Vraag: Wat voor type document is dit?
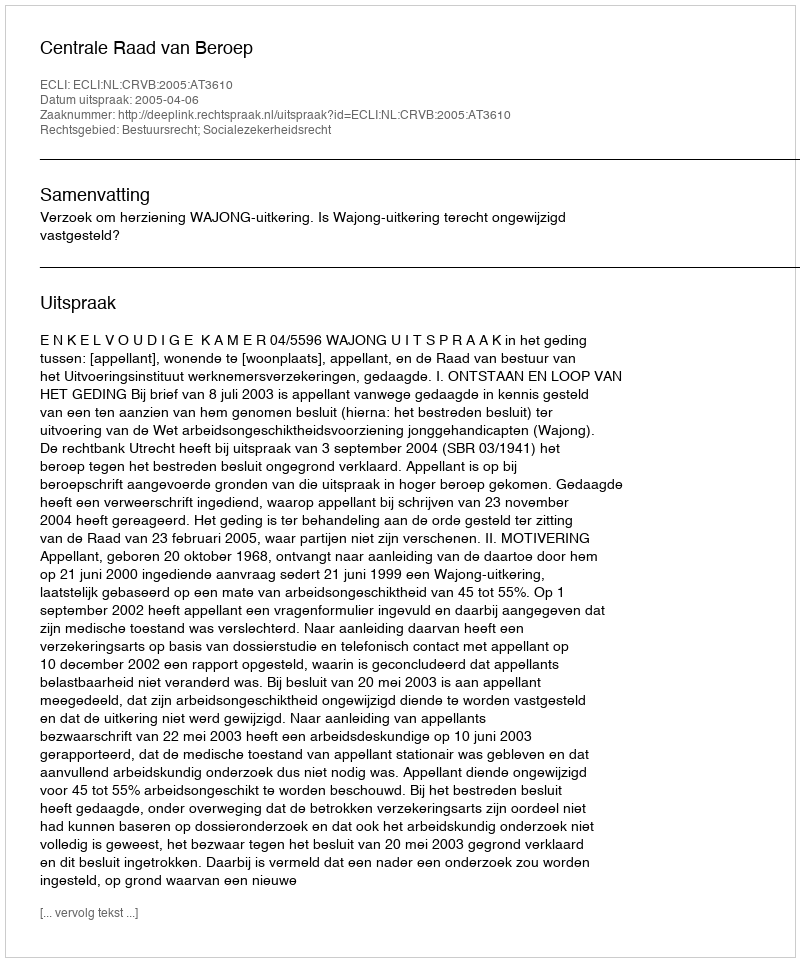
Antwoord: Uitspraak